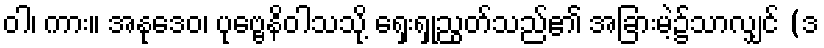
ဝါ၊ ကား။ အနုဒေဝ၊ ပုဗ္ဗေနိဝါသသို့ ရှေးရှုညွတ်သည်၏ အခြားမဲ့၌သာလျှင် (ဒ